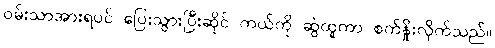
ဝမ်းသာအားရပင် ပြေးသွားပြီးဆိုင် ကယ်ကို ဆွဲထူကာ စက်နှိုးလိုက်သည်။